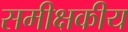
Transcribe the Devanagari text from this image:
समीक्षकीय